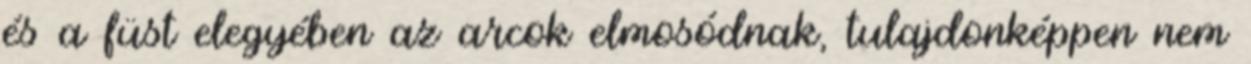
és a füst elegyében az arcok elmosódnak, tulajdonképpen nem